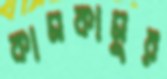
কামকামুর